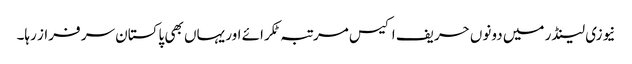
نیوزی لینڈر میں دونوں حریف اکیس مرتبہ ٹکرائے اور یہاں بھی پاکستان سر فراز رہا۔